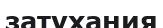
затухания